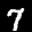
Label: 7